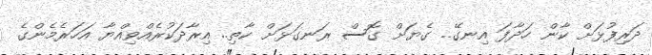
ދަރިފުޅަށް ކާން ހަދާފަ އިނގޭ.. ގެޔަށް ގޮސް ރަނގަޅަށް ކާތި.. އިރާދަކުރެއްވިއްޔާ އަހަރެމެންގެ